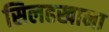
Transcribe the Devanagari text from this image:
सिलहखाना